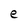
Character: e